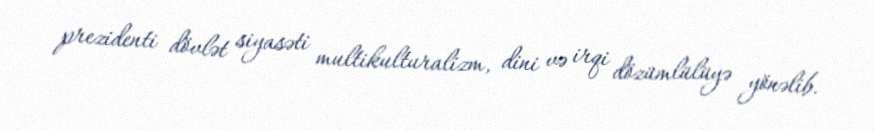
prezidenti dövlət siyasəti multikulturalizm, dini və irqi dözümlülüyə yönəlib.